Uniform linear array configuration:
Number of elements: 8
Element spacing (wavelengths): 0.75
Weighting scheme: blackman
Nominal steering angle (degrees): -30
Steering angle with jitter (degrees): -29.534
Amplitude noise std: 0.05
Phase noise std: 0.05

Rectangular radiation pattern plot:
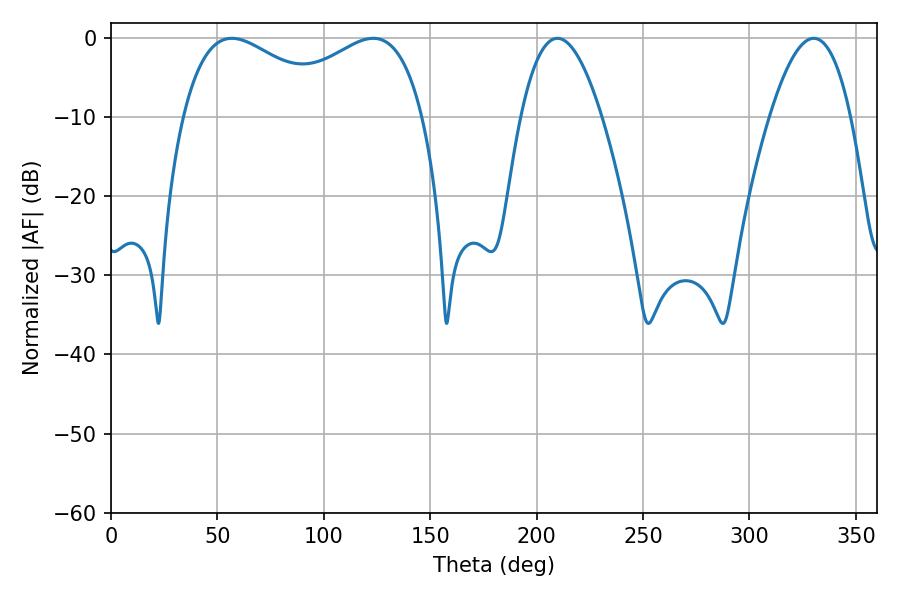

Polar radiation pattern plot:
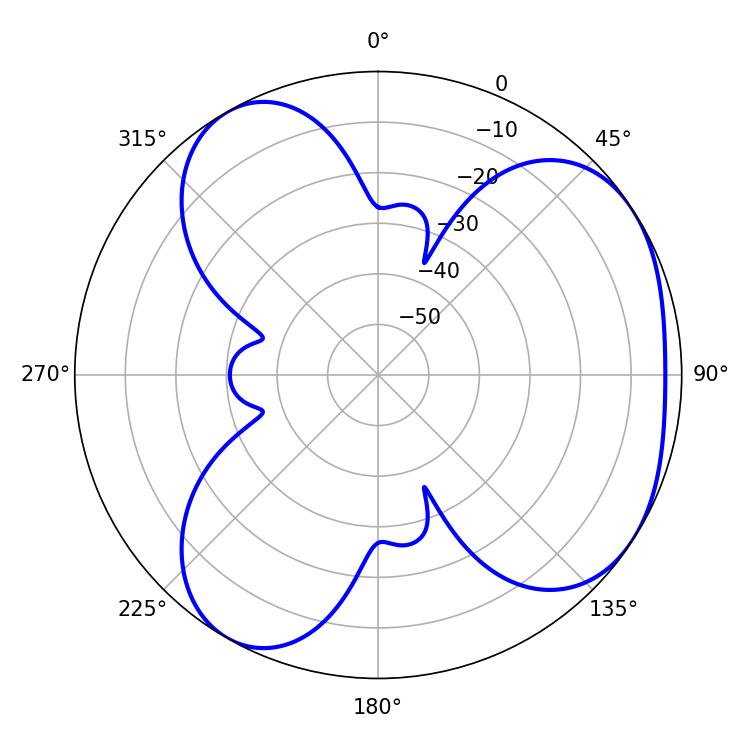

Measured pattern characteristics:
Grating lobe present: TRUE
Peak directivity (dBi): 4.39
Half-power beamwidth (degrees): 40.86
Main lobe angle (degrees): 56.7